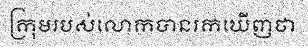
ក្រុមរបស់លោកបានរកឃើញថា